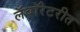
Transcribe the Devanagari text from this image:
लॅबॉरेटरीत